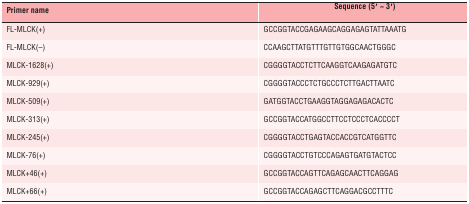
<table><thead><tr><td><b>Primer name</b></td><td><b>Sequence (5′∼ 3′)</b></td></tr></thead><tbody><tr><td>FL-MLCK(+)</td><td>GCCGGTACCGAGAAGCAGGAGAGTATTAAATG</td></tr><tr><td>FL-MLCK(−)</td><td>CCAAGCTTATGTTTGTTGTGGCAACTGGGC</td></tr><tr><td>MLCK-1628(+)</td><td>CGGGGTACCTCTTCAAGGTCAAGAGATGTC</td></tr><tr><td>MLCK-929(+)</td><td>CGGGGTACCCTCTGCCCTCTTGACTTAATC</td></tr><tr><td>MLCK-509(+)</td><td>GATGGTACCTGAAGGTAGGAGAGACACTC</td></tr><tr><td>MLCK-313(+)</td><td>GCCGGTACCATGGCCTTCCTCCCTCACCCCT</td></tr><tr><td>MLCK-245(+)</td><td>CGGGGTACCTGAGTACCACCGTCATGGTTC</td></tr><tr><td>MLCK-76(+)</td><td>CGGGGTACCTGTCCCAGAGTGATGTACTCC</td></tr><tr><td>MLCK+46(+)</td><td>GCCGGTACCAGTTCAGAGCAACTTCAGGAG</td></tr><tr><td>MLCK+66(+)</td><td>GCCGGTACCAGAGCTTCAGGACGCCTTTC</td></tr></tbody></table>